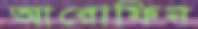
আরোফিন